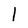
Character: l